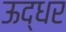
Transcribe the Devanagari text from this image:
ऊद्धर